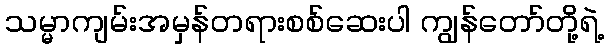
သမ္မာကျမ်းအမှန်တရားစစ်ဆေးပါ ကျွန်တော်တို့ရဲ့